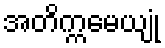
အတိက္ကမေယျုံ